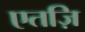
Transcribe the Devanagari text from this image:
एतज़ि